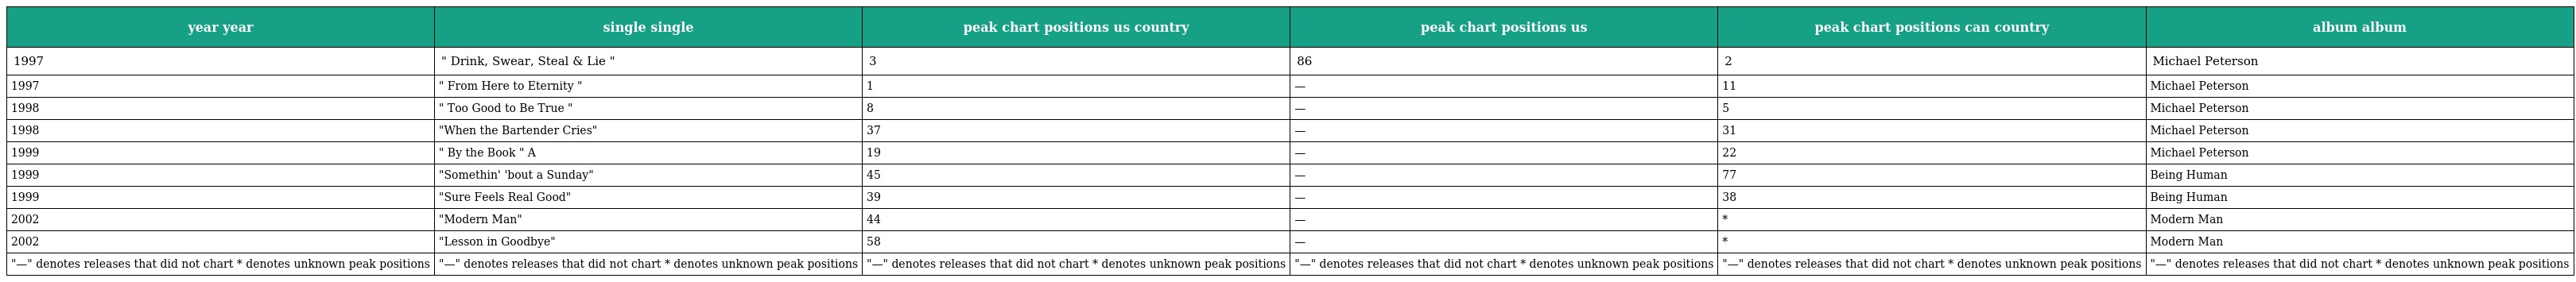
| year year | single single | peak chart positions us country | peak chart positions us | peak chart positions can country | album album |
 | --- | --- | --- | --- | --- | --- |
 | 1997 | " Drink, Swear, Steal & Lie " | 3 | 86 | 2 | Michael Peterson |
 | 1997 | " From Here to Eternity " | 1 | — | 11 | Michael Peterson |
 | 1998 | " Too Good to Be True " | 8 | — | 5 | Michael Peterson |
 | 1998 | "When the Bartender Cries" | 37 | — | 31 | Michael Peterson |
 | 1999 | " By the Book " A | 19 | — | 22 | Michael Peterson |
 | 1999 | "Somethin' 'bout a Sunday" | 45 | — | 77 | Being Human |
 | 1999 | "Sure Feels Real Good" | 39 | — | 38 | Being Human |
 | 2002 | "Modern Man" | 44 | — | * | Modern Man |
 | 2002 | "Lesson in Goodbye" | 58 | — | * | Modern Man |
 | "—" denotes releases that did not chart * denotes unknown peak positions | "—" denotes releases that did not chart * denotes unknown peak positions | "—" denotes releases that did not chart * denotes unknown peak positions | "—" denotes releases that did not chart * denotes unknown peak positions | "—" denotes releases that did not chart * denotes unknown peak positions | "—" denotes releases that did not chart * denotes unknown peak positions |